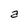
Character: a